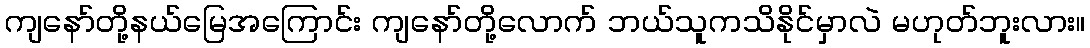
ကျနော်တို့နယ်မြေအကြောင်း ကျနော်တို့လောက် ဘယ်သူကသိနိုင်မှာလဲ မဟုတ်ဘူးလား။